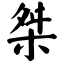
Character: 桀